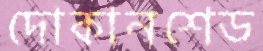
দোকানশেড